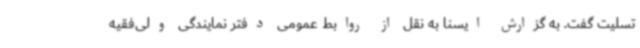
تسلیت گفت. به گزارش ایسنا به نقل از روابط عمومی دفتر نمایندگی ولی‌فقیه